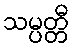
သမ္ပတ္တီ